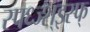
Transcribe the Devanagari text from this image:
स्फ्ध्ज्श्झ्स्फ्